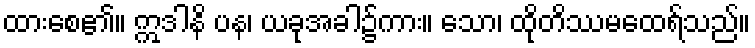
ထားစေ၏။ ဣဒါနိ ပန၊ ယခုအခါ၌ကား။ သော၊ ထိုတိဿမထေရ်သည်။